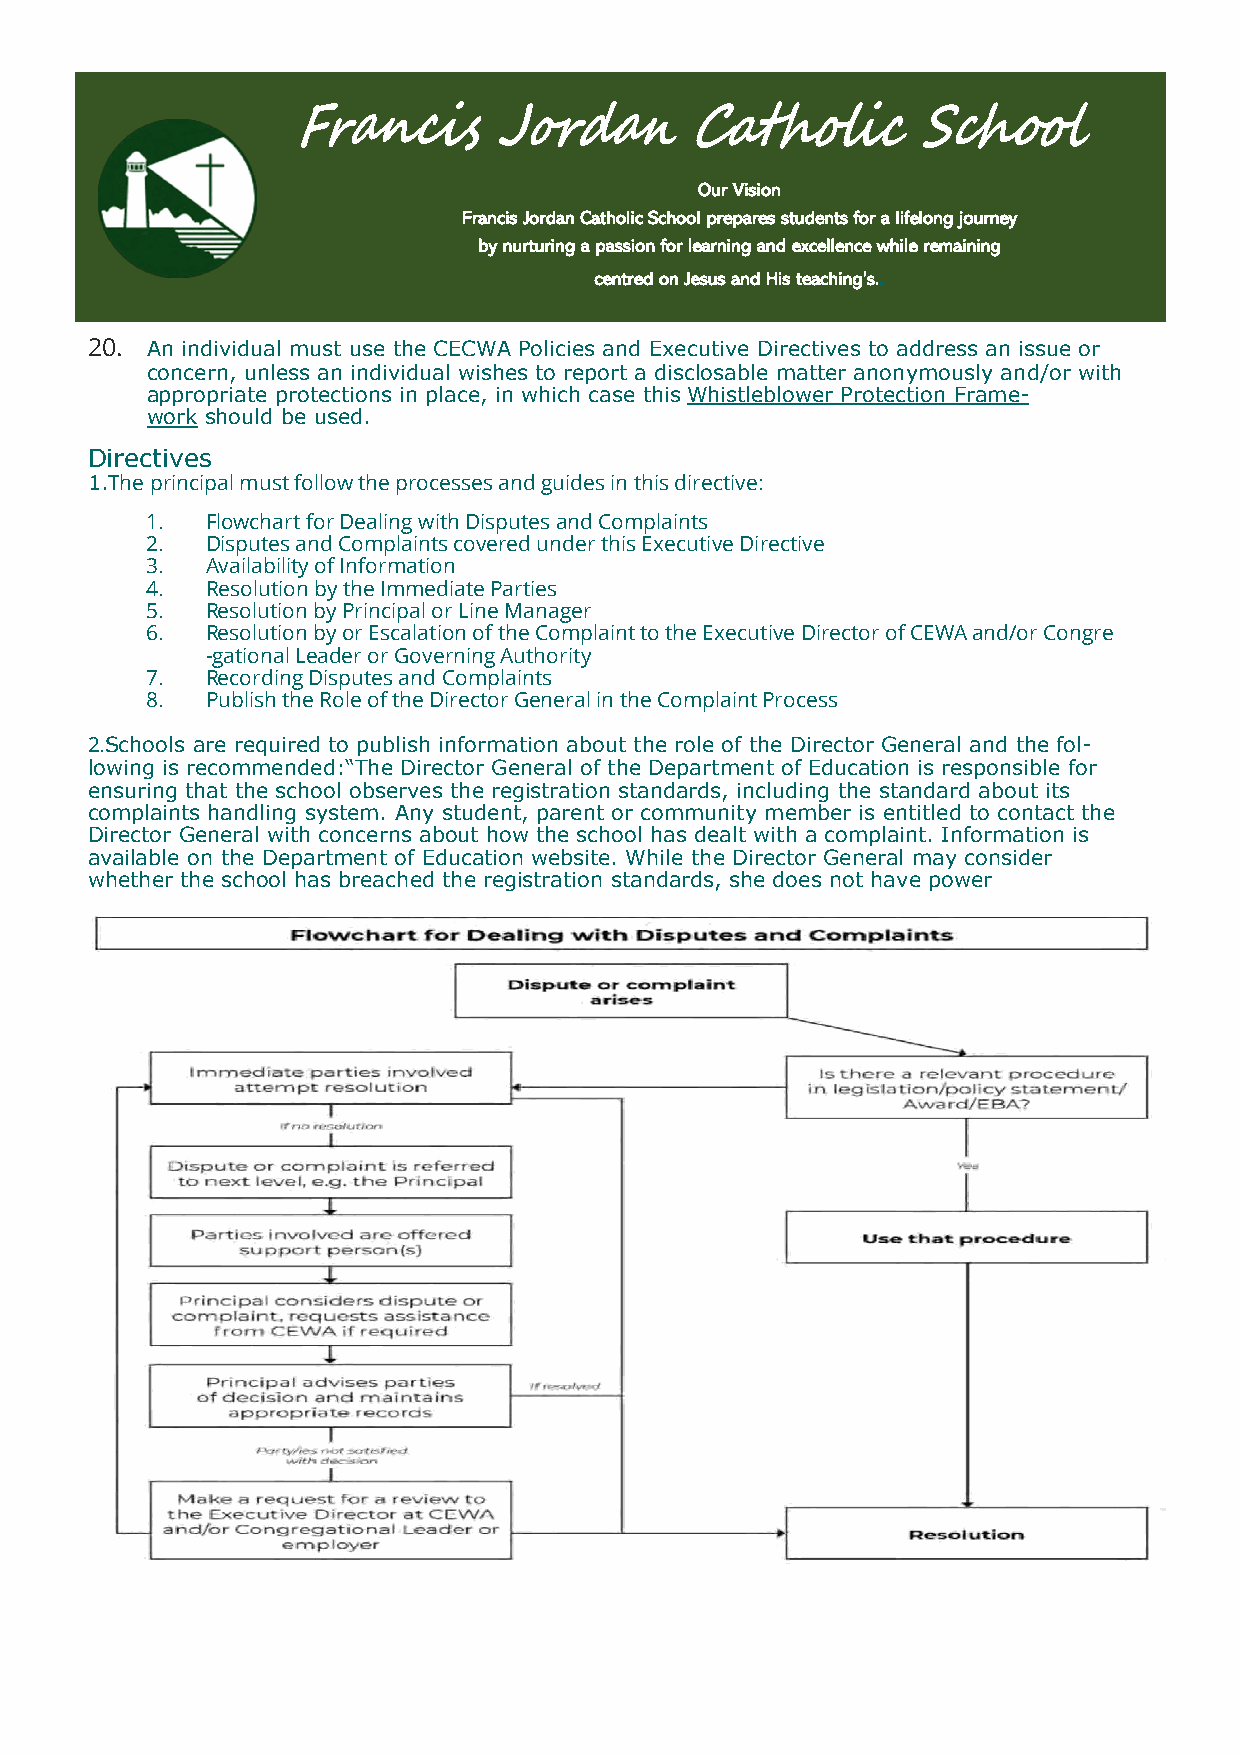
Our Vision
 Francis Jordan Catholic School prepares students for a lifelong journey
 by nurturing a passion for learning and excellence while remaining
 centred on Jesus and His teaching’s..
 20. An individual must use the CECWA Policies and Executive Directives to address an issue or
 concern, unless an individual wishes to report a disclosable matter anonymously and/or with
 appropriate protections in place, in which case this Whistleblower Protection Frame-
 work should be used.
 Directives
 1.The principal must follow the processes and guides in this directive:
 1.  Flowchart for Dealing with Disputes and Complaints
 2.  Disputes and Complaints covered under this Executive Directive
 3.  Availability of Information
 4.  Resolution by the Immediate Parties
 5.  Resolution by Principal or Line Manager
 6.  Resolution by or Escalation of the Complaint to the Executive Director of CEWA and/or Congre
 -gational Leader or Governing Authority
 7.  Recording Disputes and Complaints
 8.  Publish the Role of the Director General in the Complaint Process
 2.Schools are required to publish information about the role of the Director General and the fol-
 lowing is recommended:“The Director General of the Department of Education is responsible for
 ensuring that the school observes the registration standards, including the standard about its
 complaints handling system. Any student, parent or community member is entitled to contact the
 Director General with concerns about how the school has dealt with a complaint. Information is
 available on the Department of Education website. While the Director General may consider
 whether the school has breached the registration standards, she does not have power